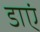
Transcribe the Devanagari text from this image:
डाएं